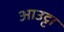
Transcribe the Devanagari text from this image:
आउट्टा